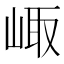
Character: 𡸨